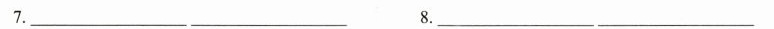
7._______________ 8._____________